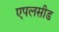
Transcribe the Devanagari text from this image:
एपलसीड